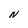
Character: N